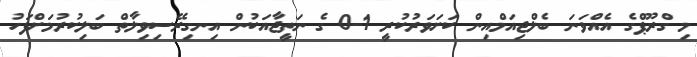
މި ގްރޫޕްގެ އެއްވަނަ ބެލްޖިއަމްއިން ކަށަވަރުކުރީ 1-0 ގެ ނަތީޖާއަކުން އިނގިރޭސިވިލާތް ބަލިކުރުމަށްފަހު